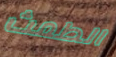
الطمث